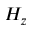
H _ { z }